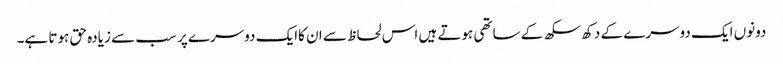
دونوں ایک دوسرے کے دکھ سکھ کے ساتھی ہوتے ہیں اس لحاظ سے ان کاایک دوسرے پر سب سے زیادہ حق ہوتا ہے۔